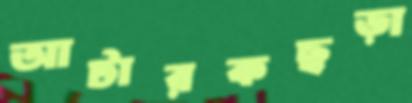
আটারকছড়া